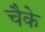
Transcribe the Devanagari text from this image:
चैके